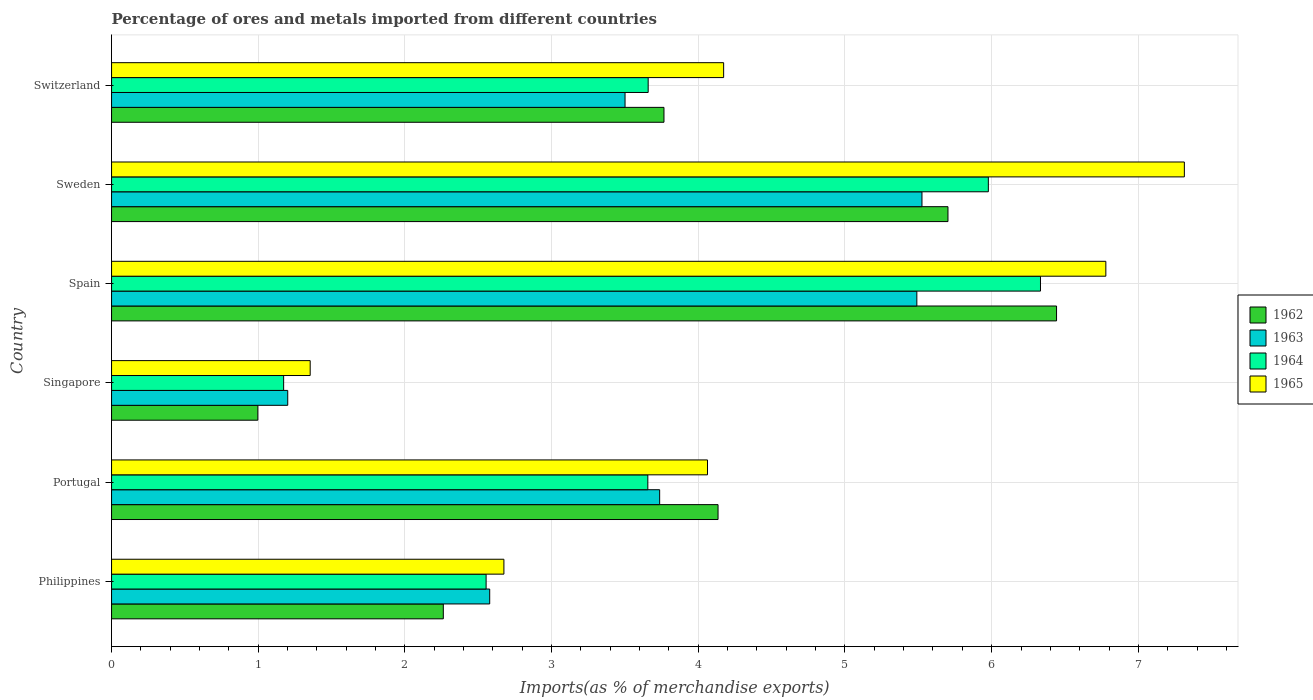
| Country | 1962 | 1963 | 1964 | 1965 |
 | --- | --- | --- | --- | --- |
 | Philippines | 2.26 | 2.58 | 2.55 | 2.67 |
 | Portugal | 4.13 | 3.74 | 3.66 | 4.06 |
 | Singapore | 0.997 | 1.2 | 1.17 | 1.35 |
 | Spain | 6.44 | 5.49 | 6.33 | 6.78 |
 | Sweden | 5.7 | 5.52 | 5.98 | 7.31 |
 | Switzerland | 3.77 | 3.5 | 3.66 | 4.17 |